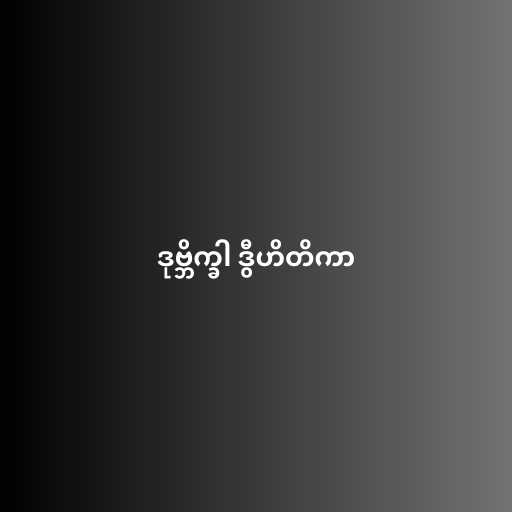
ဒုဗ္ဘိက္ခါ ဒွီဟိတိကာ